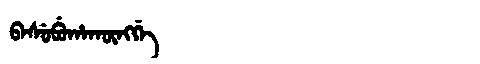
Manchu: ᠪᠠᠰᡠᠪᡠᡥᠠᡴᡡᠩᡤᡝ
Romanization: BASUBUHAKŪNGGE